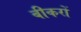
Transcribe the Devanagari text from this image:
बीकरों